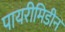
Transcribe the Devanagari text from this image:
पायरीमिडीन